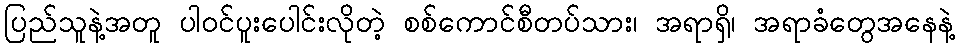
ပြည်သူနဲ့အတူ ပါဝင်ပူးပေါင်းလိုတဲ့ စစ်ကောင်စီတပ်သား၊ အရာရှိ၊ အရာခံတွေအနေနဲ့